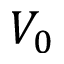
V _ { 0 }